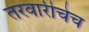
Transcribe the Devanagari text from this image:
तरवारीचेच